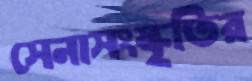
সেনাসংস্কৃতির